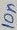
Text: 10n